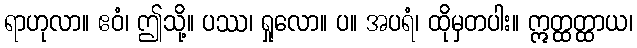
ရာဟုလာ။ ဧဝံ၊ ဤသို့။ ပဿ၊ ရှုလော။ ပ။ အပရံ၊ ထိုမှတပါး။ ဣတ္ထတ္ထာယ၊